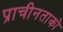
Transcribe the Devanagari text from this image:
प्राचीनताको